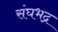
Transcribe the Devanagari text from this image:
संघभद्र